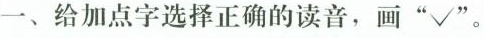
一、给加点字选择正确的读音，画”√'。